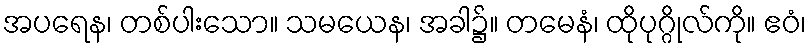
အပရေန၊ တစ်ပါးသော။ သမယေန၊ အခါ၌။ တမေနံ၊ ထိုပုဂ္ဂိုလ်ကို။ ဧဝံ၊